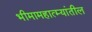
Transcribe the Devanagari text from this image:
भीमामहात्म्यांतील